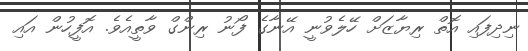
ނިދިފައި އޮތް ރިޔާޒަށް ހޭލެވުނީ އޭނާގެ ފޯނު ރިންގް ވާތީއެވެ. އޮފީހުން އައި